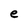
Character: e